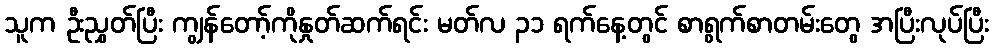
သူက ဦးညွှတ်ပြီး ကျွန်တော့်ကိုနှုတ်ဆက်ရင်း မတ်လ ၃၁ ရက်နေ့တွင် စာရွက်စာတမ်းတွေ အပြီးလုပ်ပြီး